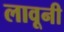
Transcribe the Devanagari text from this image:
लावूनी